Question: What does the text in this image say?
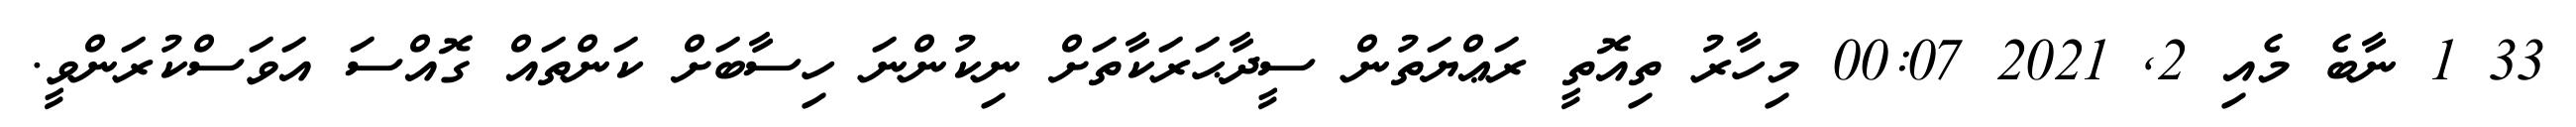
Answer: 33 1 ނާބެ މެއި 2, 2021 00:07 މިހާރު ތިއޮތީ ރަޢްޔަތުން ސީދާޙަރަކާތަށް ނިކުންނަ ހިސާބަށް ކަންތައް ގޮއްސަ އަވަސްކުރަންވީ.